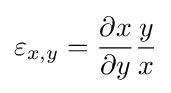
\varepsilon _{x,y}={\frac {\partial x}{\partial y}}{\frac {y}{x}}